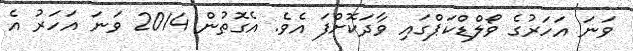
ވަނަ އަހަރުގެ ވޯލްޑްކަޕްގައި ވާދަކޮށްފަ އެވެ. އެގޮތުން 2014 ވަނަ އަހަރު އެ